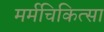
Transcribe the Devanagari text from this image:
मर्मचिकित्सा